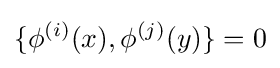
\{\phi ^{(i)}(x),\phi ^{(j)}(y)\}=0